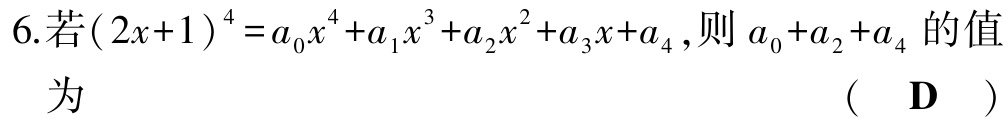
6.若\((2x + 1)^{4}=a_{0}x^{4}+a_{1}x^{3}+a_{2}x^{2}+a_{3}x + a_{4}\),则\(a_{0}+a_{2}+a_{4}\)的值为 （  D  ）